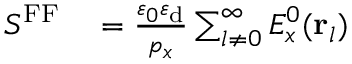
\begin{array} { r l } { S ^ { \mathrm { F F } } } & { { } = \frac { \varepsilon _ { 0 } \varepsilon _ { \mathrm { d } } } { p _ { x } } \sum _ { l \neq 0 } ^ { \infty } E _ { x } ^ { 0 } ( { \bf r } _ { l } ) } \end{array}